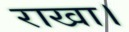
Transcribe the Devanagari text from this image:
राखा।